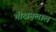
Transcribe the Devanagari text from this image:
भीखनलाल